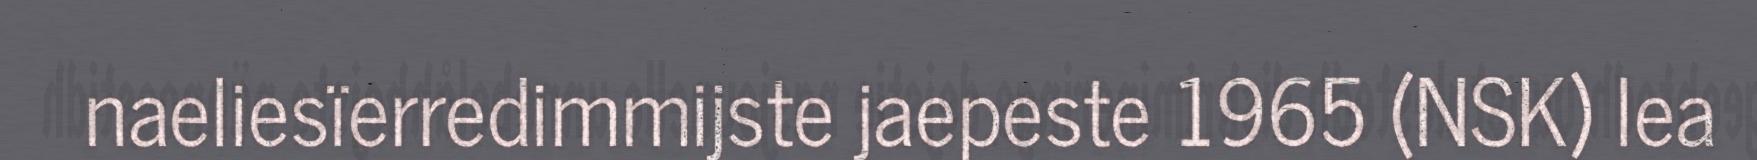
naeliesïerredimmijste jaepeste 1965 (NSK) lea